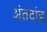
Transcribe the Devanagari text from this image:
अंतर्दाह